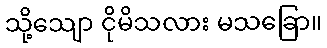
သို့သျော ငိုမိသလား မသခြော။